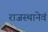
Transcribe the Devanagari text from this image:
राजस्थानेवं